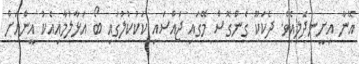
އޭނާ އިށީނދެލިއެވެ. ދެކަކޫ ގެންގޮސް މޭގައި ޖައްސައި ކަކުކުލުގައި ބޯ އަޅާލުމާއިއެކު އީންއަށް